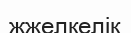
жжелкелік